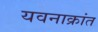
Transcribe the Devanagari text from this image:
यवनाक्रांत